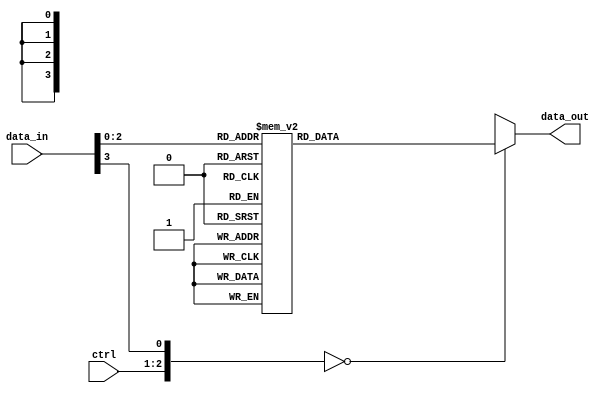
module full_case_statement(

  input [1:0] ctrl,

  input [3:0] data_in,

  output reg [3:0] data_out

);

always @(*)

begin

case({ctrl,data_in})

  4'b00_0000: data_out = 4'b0000;

  4'b00_0001: data_out = 4'b0001;

  4'b00_0010: data_out = 4'b0010;

  4'b00_0011: data_out = 4'b0011;

  4'b00_0100: data_out = 4'b0100;

  4'b00_0101: data_out = 4'b0101;

  4'b00_0110: data_out = 4'b0110;

  4'b00_0111: data_out = 4'b0111;

  4'b01_0000: data_out = 4'b1000;

  4'b01_0001: data_out = 4'b1001;

  4'b01_0010: data_out = 4'b1010;

  4'b01_0011: data_out = 4'b1011;

  4'b01_0100: data_out = 4'b1100;

  4'b01_0101: data_out = 4'b1101;

  4'b01_0110: data_out = 4'b1110;

  4'b01_0111: data_out = 4'b1111;

  default: data_out = 4'bxxxx;

endcase

end

endmodule